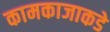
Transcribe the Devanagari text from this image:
कामकाजाकडे